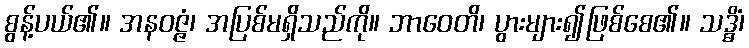
စွန့်ပယ်၏။ အနဝဇ္ဇံ၊ အပြစ်မရှိသည်ကို။ ဘာဝေတိ၊ ပွားများ၍ဖြစ်စေ၏။ သဒ္ဓိံ၊